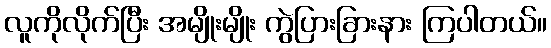
လူကိုလိုက်ပြီး အမျိုးမျိုး ကွဲပြားခြားနား ကြပါတယ်။